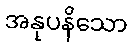
အနုပနိသော